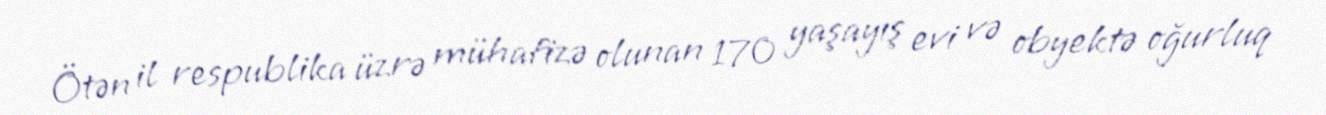
Ötən il respublika üzrə mühafizə olunan 170 yaşayış evi və obyektə oğurluq